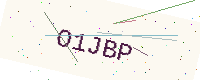
Text: O1JBP